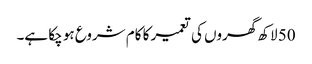
50 لاکھ گھروں کی تعمیر کا کام شروع ہو چکا ہے۔